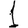
Digit: 1